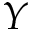
Y